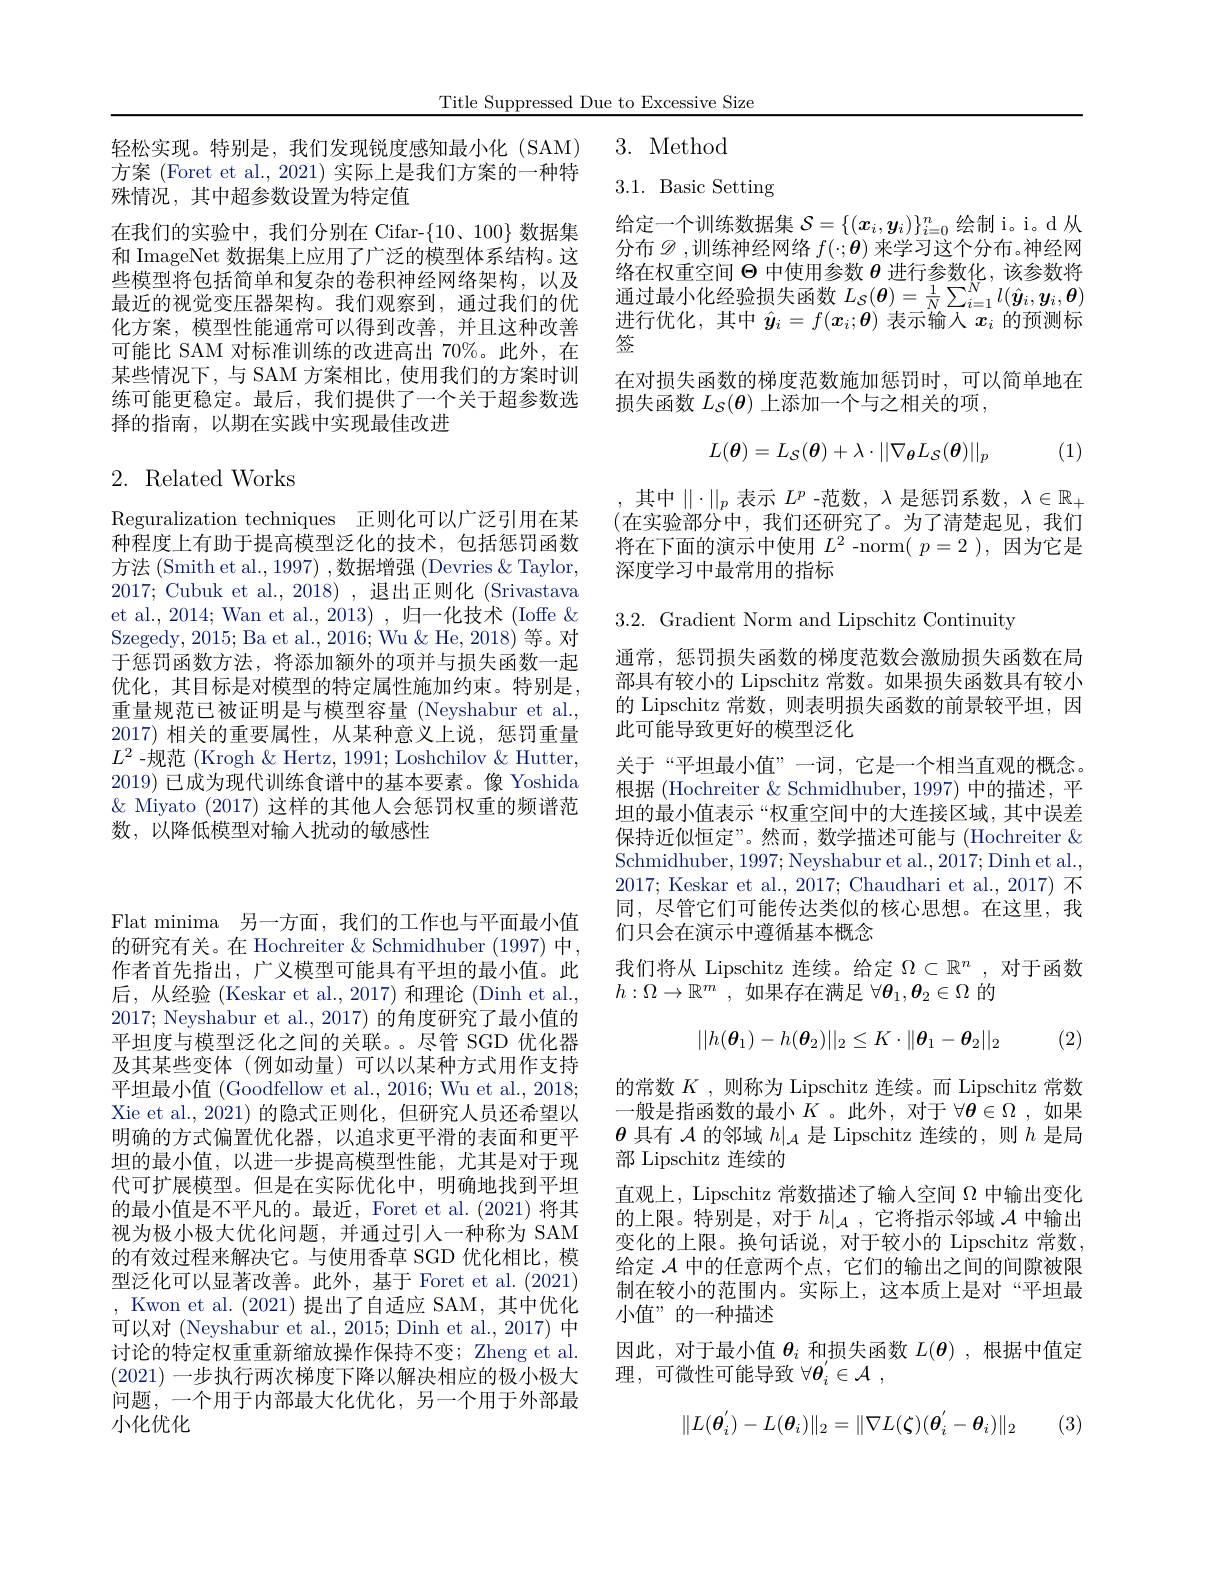
Title Suppressed Due to Excessive Size

3. Method

3.1. Basic Setting

轻松实现。特别是，我们发现锐度感知最小化 (SAM) 方案 (Foret et al., 2021) 实际上是我们方案的一种特殊情况，其中超参数设置为特定值
在我们的实验中，我们分别在 Cifar-{10、100} 和 ImageNet 数据集上应用了广泛的模型体系结构。这些模型将包括简单和复杂的卷积神经网络架构，以及最近的视觉变压器架构。我们观察到，通过我们的优化方案，模型性能通常可以得到改善，并且这种改善可能比 SAM 对标准训练的改进高出 70%。此外，在某些情况下，与 SAM 方案相比，使用我们的方案时训练可能更稳定。最后，我们提供了一个关于超参数选择的指南，以期在实践中实现最佳改进

给定一个训练数据集$\mathcal{S}=\{(x_i,y_i)\}_{i=0}^n$绘制 i。i。d 从分布$\mathscr{D}$,训练神经网络$f(\cdot;\boldsymbol{\theta})$来学习这个分布。神经网络在权重空间$\Theta$中使用参数$\theta$进行参数化，该参数将通过最小化经验损失函数$L_{\mathcal{S}}(\boldsymbol{\theta})=\frac1N\sum_{i=1}^{N}l(\hat{\boldsymbol{y}}_{i},\boldsymbol{y}_{i},\boldsymbol{\theta})$ 进行优化，其中$\hat{y}_i=f(\boldsymbol{x}_i;\boldsymbol{\theta})$表示输入$x_i$的预测标签
在对损失函数的梯度范数施加惩罚时，可以简单地在
损失函数$L_S(\boldsymbol{\theta})$上添加一个与之相关的项，
$$L(\boldsymbol{\theta})=L_\mathcal{S}(\boldsymbol{\theta})+\lambda\cdot||\nabla_\boldsymbol{\theta}L_\mathcal{S}(\boldsymbol{\theta})||_p$$
(1)

# 2. Related Works

,其中$\|\cdot\|_p$表示$L^p$ -范数，$\lambda$是惩罚系数$,\lambda\in\mathbb{R}_+$ (在实验部分中，我们还研究了。为了清楚起见，我们将在下面的演示中使用$L^2$ -norm( $p=2)$,因为它是深度学习中最常用的指标

3.2. Gradient Norm and Lipschitz Continuity

Reguralization techniques 正则化可以广泛引用在某种程度上有助于提高模型泛化的技术，包括惩罚函数方法 (Smith et al., 1997) ,数据增强 (Devries & Taylor, 2017; Cubuk et al., 2018) , 退出正则化 (Srivastava et al., 2014; Wan et al., 2013) , 归一化技术 (Ioffe & Szegedy, 2015; Ba et al., 2016; Wu & He, 2018) 等。对于惩罚函数方法，将添加额外的项并与损失函数一起优化，其目标是对模型的特定属性施加约束。特别是， 重量规范已被证明是与模型容量 (Neyshabur et al., 2017)相关的重要属性，从某种意义上说，惩罚重量$L^2$ -规范 (Krogh & Hertz, 1991; Loshchilov & Hutter, 2019)已成为现代训练食谱中的基本要素。像 Yoshida $\&$ Miyato (2017)这样的其他人会惩罚权重的频谱范数，以降低模型对输入扰动的敏感性

通常，惩罚损失函数的梯度范数会激励损失函数在局部具有较小的 Lipschitz 常数。如果损失函数具有较小的 Lipschitz 常数，则表明损失函数的前景较平坦，因此可能导致更好的模型泛化
关于“平坦最小值”一词，它是一个相当直观的概念。根据 (Hochreiter & Schmidhuber, 1997) 中的描述，平坦的最小值表示“权重空间中的大连接区域，其中误差保持近似恒定”。然而，数学描述可能与(Hochreiter $\&$ Schmidhuber, 1997; Neyshabur et al., 2017; Dinh et al., 2017; Keskar et al., 2017; Chaudhari et al., 2017) 不同，尽管它们可能传达类似的核心思想。在这里，我们只会在演示中遵循基本概念
我们将从 Lipschitz 连续。给定$\Omega\subset\mathbb{R}^n$,对于函数
$h:\Omega\to\mathbb{R}^m$,如果存在满足$\forall\boldsymbol{\theta}_1,\boldsymbol{\theta}_2\in\Omega$的
$$||h(\boldsymbol{\theta}_1)-h(\boldsymbol{\theta}_2)||_2\leq K\cdot\|\boldsymbol{\theta}_1-\boldsymbol{\theta}_2\|_2$$
(2)

Flat minima 另一方面，我们的工作也与平面最小值的研究有关。在 Hochreiter & Schmidhuber (1997) 中， 作者首先指出，广义模型可能具有平坦的最小值。此后，从经验 (Keskar et al., 2017) 和理论 (Dinh et al., 2017; Neyshabur et al., 2017) 的角度研究了最小值的平坦度与模型泛化之间的关联。。尽管 SGD 优化器及其某些变体(例如动量)可以以某种方式用作支持平坦最小值 (Goodfellow et al., 2016; Wu et al., 2018; Xie et al., 2021) 的隐式正则化，但研究人员还希望以明确的方式偏置优化器，以追求更平滑的表面和更平坦的最小值，以进一步提高模型性能，尤其是对于现代可扩展模型。但是在实际优化中，明确地找到平坦的最小值是不平凡的。最近，Foret et al. (2021) 将其视为极小极大优化问题，并通过引人一种称为 SAM 的有效过程来解决它。与使用香草 SGD 优化相比，模型泛化可以显著改善。此外，基于 Foret et al. (2021) , Kwon et al. (2021) 提出了自适应 SAM, 其中优化可以对 (Neyshabur et al., 2015; Dinh et al., 2017) 中讨论的特定权重重新缩放操作保持不变；Zheng et al. (2021)一步执行两次梯度下降以解决相应的极小极大问题，一个用于内部最大化优化，另一个用于外部最小化优化

的常数$K$ ,则称为 Lipschitz 连续。而 Lipschitz 常数一般是指函数的最小$K$ 。此外，对于$\forall\boldsymbol{\theta}\in\Omega$ ,如果$\theta$具有$\mathcal{A}$的邻域$h|_\mathcal{A}$是 Lipschitz 连续的，则$h$是局部 Lipschitz 连续的
直观上，Lipschitz 常数描述了输人空间$\Omega$中输出变化的上限。特别是，对于$h|_\mathcal{A}$,它将指示邻域$\mathcal{A}$中输出变化的上限。换句话说，对于较小的 Lipschitz 常数， 给定$\mathcal{A}$中的任意两个点，它们的输出之间的间隙被限制在较小的范围内。实际上，这本质上是对“平坦最小值”的一种描述
因此，对于最小值$\boldsymbol{\theta}_i$和损失函数$L(\boldsymbol{\theta})$ ,根据中值定
理，可微性可能导致$\forall \boldsymbol{\theta }_i^{^{\prime }}\in \mathcal{A}$ ,
$$\|L(\boldsymbol{\theta}_i^{'})-L(\boldsymbol{\theta}_i)\|_2=\|\nabla L(\boldsymbol{\zeta})(\boldsymbol{\theta}_i^{'}-\boldsymbol{\theta}_i)\|_2$$
(3,